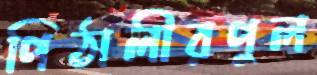
পিঠালীরপুল